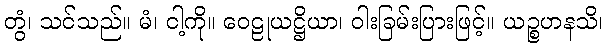
တွံ၊ သင်သည်။ မံ၊ ငါ့ကို။ ဝေဠုယဋ္ဌိယာ၊ ဝါးခြမ်းပြားဖြင့်။ ယဉ္စဟနသိ၊